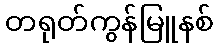
တရုတ်ကွန်မြူနစ်